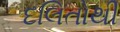
દલિતોથી